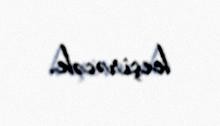
keçirəcək.